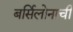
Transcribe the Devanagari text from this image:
बर्सिलोनाची